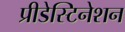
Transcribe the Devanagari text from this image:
प्रीडेस्टिनेशन